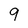
Character: 9